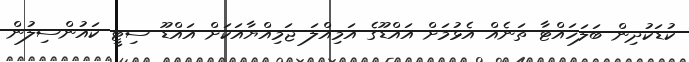
ކުޑަކުދިން ބަލަހައްޓާ ތަނެއް އެޅުމަށް އައްޑޫގެ އަމިއްލަ ޖަމިއްޔާއަކަށް އައްޑޫ ސިޓީ ކައުންސިލުން